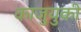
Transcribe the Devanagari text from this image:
काजुयुकी